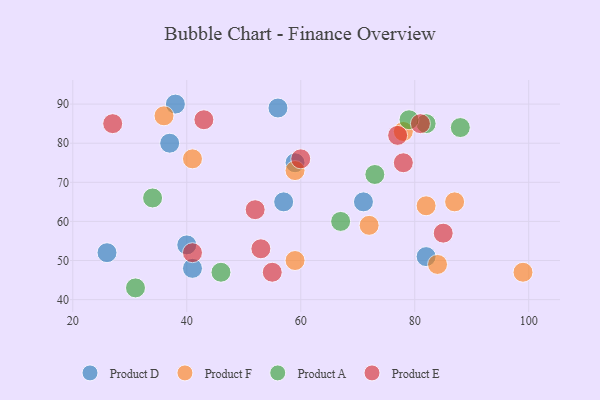
{"axis": {"x": "GDP", "y": "Life Expectancy"}, "legend": ["Product A", "Product D", "Product E", "Product F"], "data": [{"x": "71", "y": 65, "type": "Product D"}, {"x": "38", "y": 90, "type": "Product D"}, {"x": "82", "y": 51, "type": "Product D"}, {"x": "56", "y": 89, "type": "Product D"}, {"x": "37", "y": 80, "type": "Product D"}, {"x": "26", "y": 52, "type": "Product D"}, {"x": "59", "y": 75, "type": "Product D"}, {"x": "57", "y": 65, "type": "Product D"}, {"x": "40", "y": 54, "type": "Product D"}, {"x": "41", "y": 48, "type": "Product D"}, {"x": "72", "y": 59, "type": "Product F"}, {"x": "41", "y": 76, "type": "Product F"}, {"x": "36", "y": 87, "type": "Product F"}, {"x": "59", "y": 73, "type": "Product F"}, {"x": "59", "y": 50, "type": "Product F"}, {"x": "99", "y": 47, "type": "Product F"}, {"x": "82", "y": 64, "type": "Product F"}, {"x": "78", "y": 83, "type": "Product F"}, {"x": "84", "y": 49, "type": "Product F"}, {"x": "87", "y": 65, "type": "Product F"}, {"x": "46", "y": 47, "type": "Product A"}, {"x": "73", "y": 72, "type": "Product A"}, {"x": "88", "y": 84, "type": "Product A"}, {"x": "31", "y": 43, "type": "Product A"}, {"x": "82", "y": 85, "type": "Product A"}, {"x": "67", "y": 60, "type": "Product A"}, {"x": "34", "y": 66, "type": "Product A"}, {"x": "79", "y": 86, "type": "Product A"}, {"x": "78", "y": 75, "type": "Product E"}, {"x": "53", "y": 53, "type": "Product E"}, {"x": "41", "y": 52, "type": "Product E"}, {"x": "85", "y": 57, "type": "Product E"}, {"x": "43", "y": 86, "type": "Product E"}, {"x": "27", "y": 85, "type": "Product E"}, {"x": "81", "y": 85, "type": "Product E"}, {"x": "55", "y": 47, "type": "Product E"}, {"x": "60", "y": 76, "type": "Product E"}, {"x": "77", "y": 82, "type": "Product E"}, {"x": "52", "y": 63, "type": "Product E"}]}